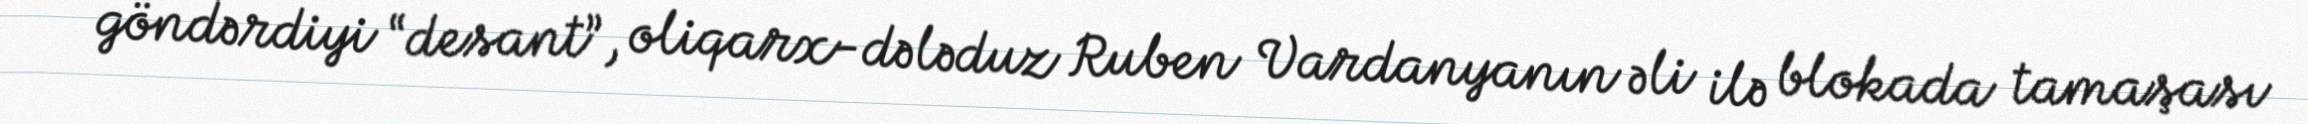
göndərdiyi “desant”, oliqarx-dələduz Ruben Vardanyanın əli ilə blokada tamaşası